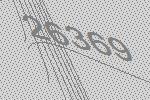
26369